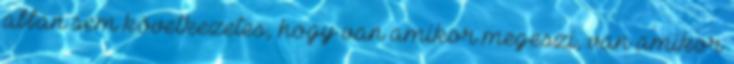
abban sem következetes, hogy van amikor megeszi, van amikor